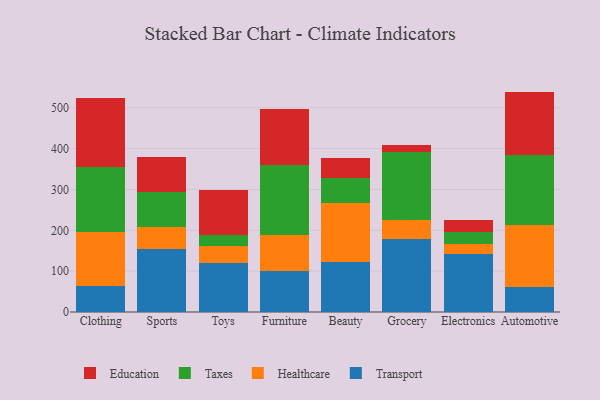
{"axis": {"x": "Category", "y": "Revenue (USD Million)"}, "legend": ["Education", "Healthcare", "Taxes", "Transport"], "data": [{"x": "Clothing", "y": 64.3, "type": "Transport"}, {"x": "Clothing", "y": 131.0, "type": "Healthcare"}, {"x": "Clothing", "y": 158.5, "type": "Taxes"}, {"x": "Clothing", "y": 170.9, "type": "Education"}, {"x": "Sports", "y": 154.5, "type": "Transport"}, {"x": "Sports", "y": 53.1, "type": "Healthcare"}, {"x": "Sports", "y": 86.8, "type": "Taxes"}, {"x": "Sports", "y": 85.3, "type": "Education"}, {"x": "Toys", "y": 120.7, "type": "Transport"}, {"x": "Toys", "y": 40.2, "type": "Healthcare"}, {"x": "Toys", "y": 27.9, "type": "Taxes"}, {"x": "Toys", "y": 109.3, "type": "Education"}, {"x": "Furniture", "y": 100.1, "type": "Transport"}, {"x": "Furniture", "y": 87.7, "type": "Healthcare"}, {"x": "Furniture", "y": 172.3, "type": "Taxes"}, {"x": "Furniture", "y": 136.5, "type": "Education"}, {"x": "Beauty", "y": 123.1, "type": "Transport"}, {"x": "Beauty", "y": 143.7, "type": "Healthcare"}, {"x": "Beauty", "y": 60.6, "type": "Taxes"}, {"x": "Beauty", "y": 49.2, "type": "Education"}, {"x": "Grocery", "y": 177.9, "type": "Transport"}, {"x": "Grocery", "y": 46.4, "type": "Healthcare"}, {"x": "Grocery", "y": 167.8, "type": "Taxes"}, {"x": "Grocery", "y": 17.9, "type": "Education"}, {"x": "Electronics", "y": 141.4, "type": "Transport"}, {"x": "Electronics", "y": 24.5, "type": "Healthcare"}, {"x": "Electronics", "y": 31.0, "type": "Taxes"}, {"x": "Electronics", "y": 27.7, "type": "Education"}, {"x": "Automotive", "y": 62.2, "type": "Transport"}, {"x": "Automotive", "y": 150.7, "type": "Healthcare"}, {"x": "Automotive", "y": 172.0, "type": "Taxes"}, {"x": "Automotive", "y": 154.7, "type": "Education"}]}